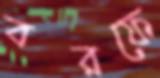
বরফে